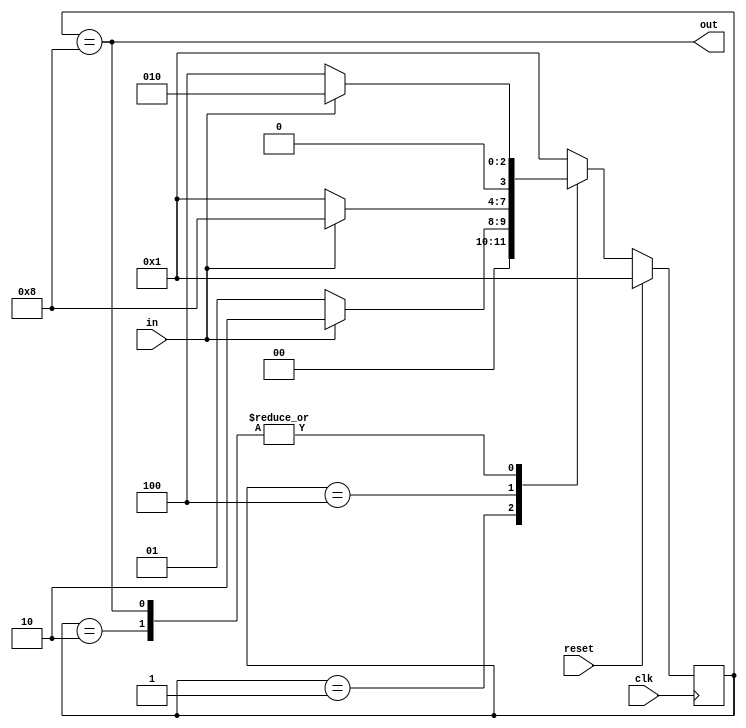
module top_module (
    input  clk,
    input  in,
    input  reset,
    output out
);  //


  parameter reg [3:0] A = 4'b0001;
  parameter reg [3:0] B = 4'b0010;
  parameter reg [3:0] C = 4'b0100;
  parameter reg [3:0] D = 4'b1000;
  reg [3:0] state;
  reg [3:0] next_state;
  // State  ransition logic
  always @(*) begin
    case (state)
      A:       next_state = in ? B : A;
      B:       next_state = in ? B : C;
      C:       next_state = in ? D : A;
      D:       next_state = in ? B : C;
      default: next_state = A;
    endcase
  end
  // State flip-flops with synchronous reset

  always @(posedge clk) begin
    if (reset) begin
      state <= A;
    end else begin
      state <= next_state;
    end
  end
  // Output logic
  assign out = (state == D);

endmodule